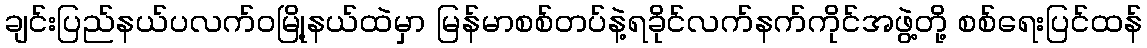
ချင်းပြည်နယ်ပလက်ဝမြို့နယ်ထဲမှာ မြန်မာစစ်တပ်နဲ့ရခိုင်လက်နက်ကိုင်အဖွဲ့တို့ စစ်ရေးပြင်ထန်